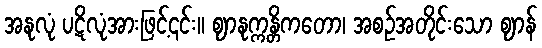
အနုလုံ ပဋိလုံအားဖြင့်၎င်း။ ဈာနုက္ကန္တိကတော၊ အစဉ်အတိုင်းသော ဈာန်